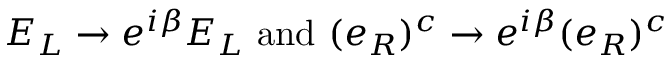
E _ { L } \to e ^ { i \beta } E _ { L } { \mathrm { ~ a n d ~ } } ( e _ { R } ) ^ { c } \to e ^ { i \beta } ( e _ { R } ) ^ { c }